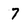
Character: 7